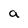
Character: a